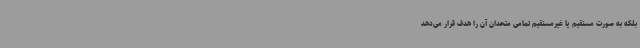
بلکه به صورت مستقیم یا غیرمستقیم تمامی متحدان آن را هدف قرار می‌دهد